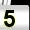
Digit: 5